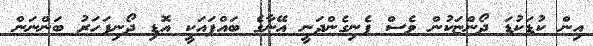
އިން ކުޑަކުޑަ ދޯންޏަކުން ވެސް ފެނިގެންދަނީ އޭނާގެ ބައްޕައަކީ އޮޑި ދޯނިފަހަރު ބަންނަން